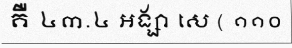
គឺ ៤៣.៤ អង្សា សេ ( ១១០